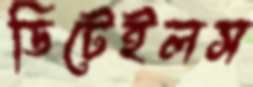
ডিটেইলস